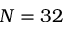
N = 3 2